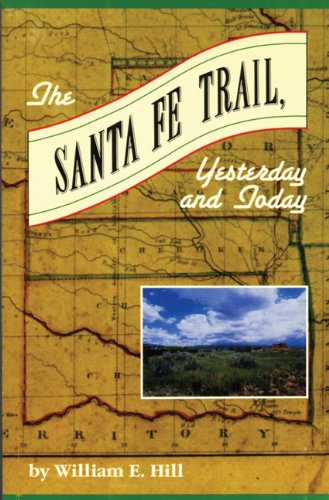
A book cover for Santa Fe Trail; William  E. Hill; Travel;